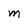
Character: M